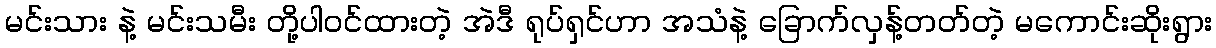
မင်းသား နဲ့ မင်းသမီး တို့ပါဝင်ထားတဲ့ အဲဒီ ရုပ်ရှင်ဟာ အသံနဲ့ ခြောက်လှန့်တတ်တဲ့ မကောင်းဆိုးရွား